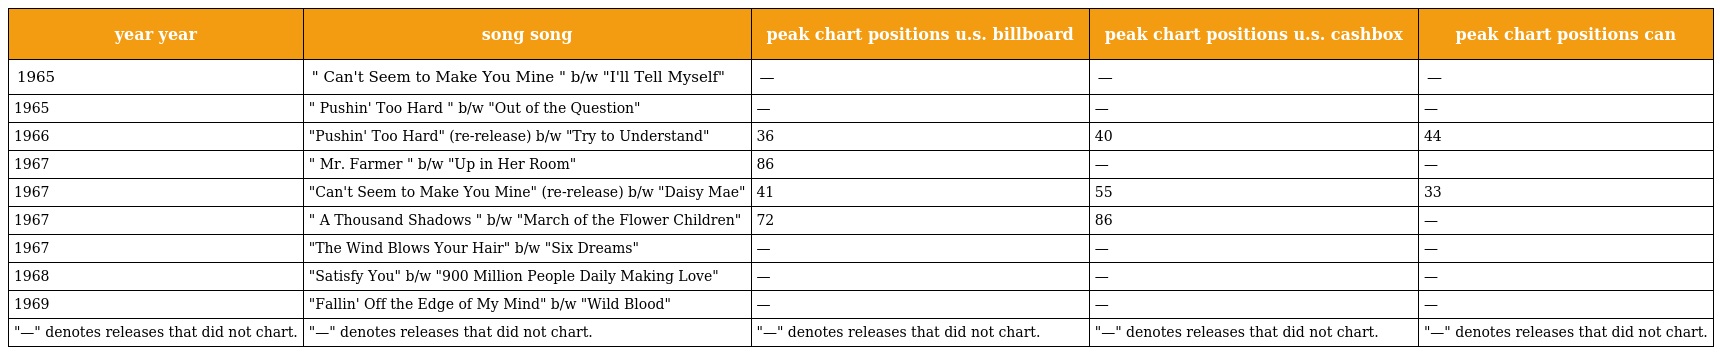
| year year | song song | peak chart positions u.s. billboard | peak chart positions u.s. cashbox | peak chart positions can |
 | --- | --- | --- | --- | --- |
 | 1965 | " Can't Seem to Make You Mine " b/w "I'll Tell Myself" | — | — | — |
 | 1965 | " Pushin' Too Hard " b/w "Out of the Question" | — | — | — |
 | 1966 | "Pushin' Too Hard" (re-release) b/w "Try to Understand" | 36 | 40 | 44 |
 | 1967 | " Mr. Farmer " b/w "Up in Her Room" | 86 | — | — |
 | 1967 | "Can't Seem to Make You Mine" (re-release) b/w "Daisy Mae" | 41 | 55 | 33 |
 | 1967 | " A Thousand Shadows " b/w "March of the Flower Children" | 72 | 86 | — |
 | 1967 | "The Wind Blows Your Hair" b/w "Six Dreams" | — | — | — |
 | 1968 | "Satisfy You" b/w "900 Million People Daily Making Love" | — | — | — |
 | 1969 | "Fallin' Off the Edge of My Mind" b/w "Wild Blood" | — | — | — |
 | "—" denotes releases that did not chart. | "—" denotes releases that did not chart. | "—" denotes releases that did not chart. | "—" denotes releases that did not chart. | "—" denotes releases that did not chart. |